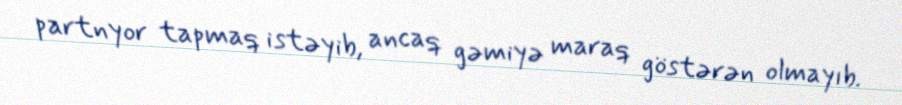
partnyor tapmaq istəyib, ancaq gəmiyə maraq göstərən olmayıb.